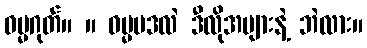
ဓမ္မဂုတ်။ ။ ဓမ္မပဒလဲ ဒီလိုအများနဲ့ ဘဲလား။